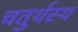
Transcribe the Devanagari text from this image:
चतुर्थस्थ